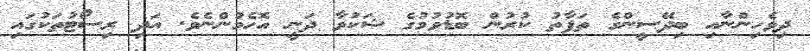
ދިވެހިންނާއި ބިދޭސީންގެ ތަފާތު ކުރުން ބޮޑުވުމުގެ ޝަކުވާ ދަނީ އޮހެމުންނެވެ. އަދި ރިސޯޓުތަކުގައި